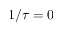
1 / \tau = 0